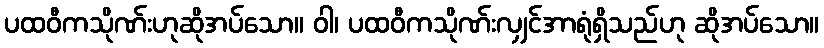
ပထဝီကသိုဏ်းဟုဆိုအပ်သော။ ဝါ၊ ပထဝီကသိုဏ်းလျှင်အာရုံရှိသည်ဟု ဆိုအပ်သော။